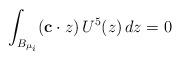
LaTeX: \begin{align*}\int_{B_{\mu_i}}({\bf c}\cdot z)\,U^5(z)\,dz=0\end{align*}